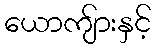
ယောကျ်ားနှင့်